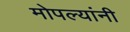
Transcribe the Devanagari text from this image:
मोपल्यांनी